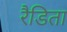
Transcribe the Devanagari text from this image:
रैडिता